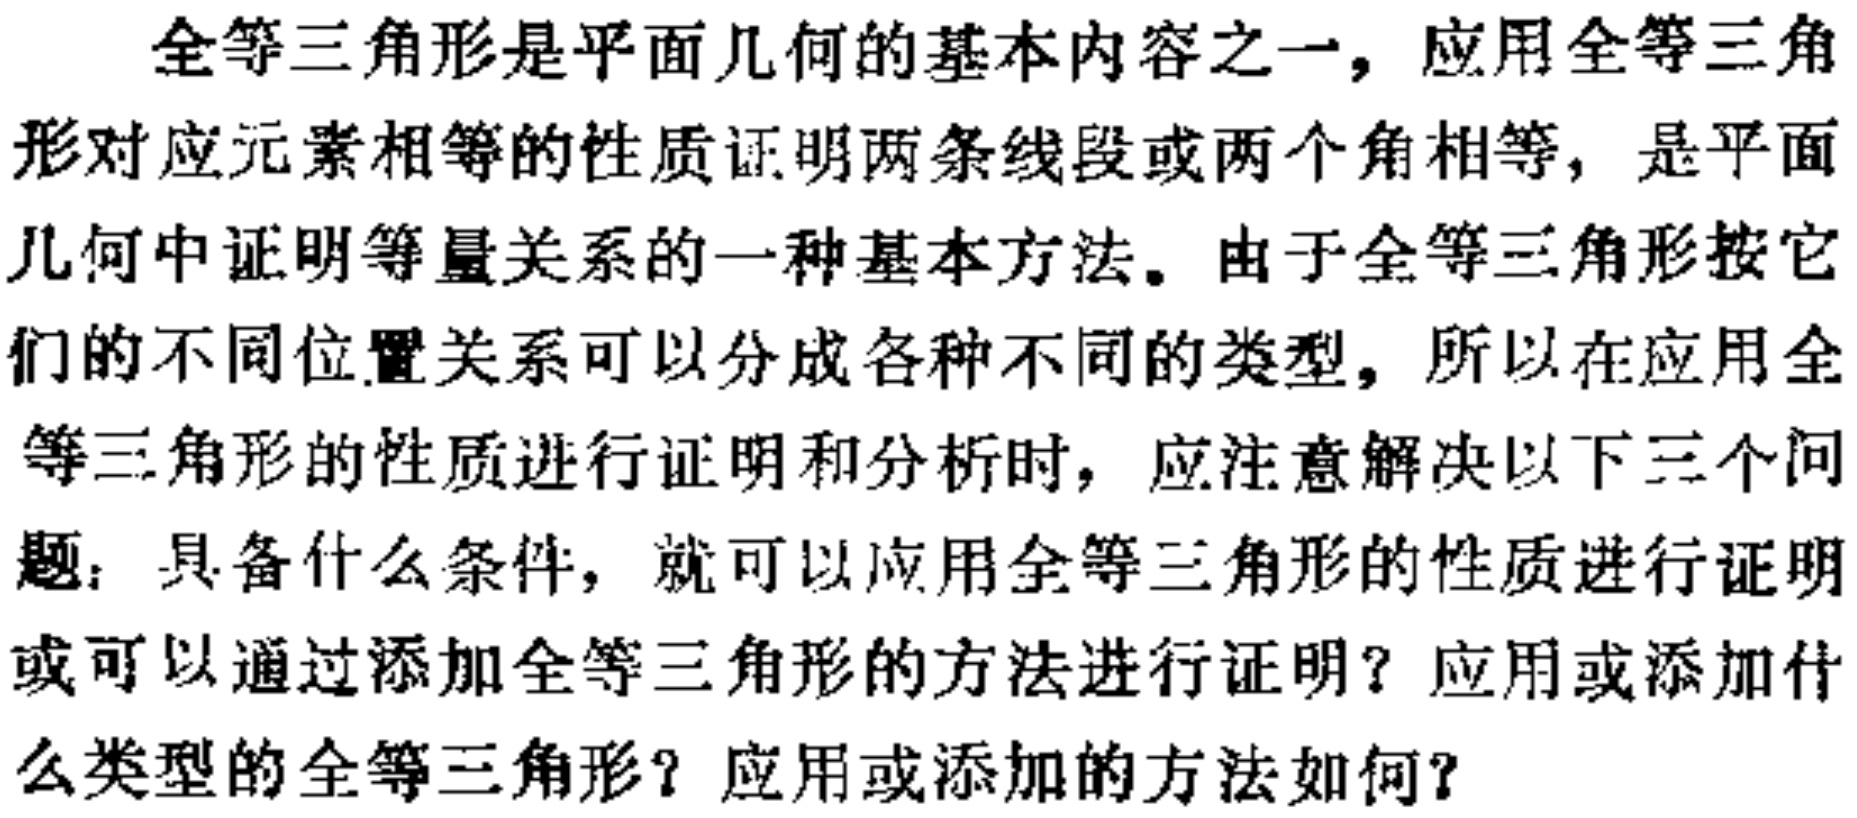
全等三角形是平面几何的基本内容之一，应用全等三角形对应元素相等的性质证明两条线段或两个角相等，是平面几何中证明等量关系的一种基本方法。由于全等三角形按它们的不同位置关系可以分成各种不同的类型，所以在应用全等三角形的性质进行证明和分析时，应注意解决以下三个问题：具备什么条件，就可以应用全等三角形的性质进行证明或可以通过添加全等三角形的方法进行证明？应用或添加什么类型的全等三角形？应用或添加的方法如何？